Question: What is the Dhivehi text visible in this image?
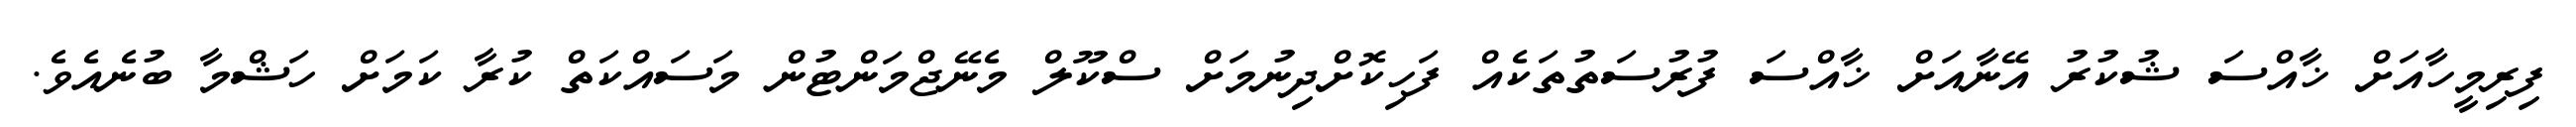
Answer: ފިރިމީހާއަށް ޚާއްސަ ޝުކުރު އޭނާއަށް ޚާއްސަ ފުރުސަތުތަކެއް ފަހިކޮށްދިނުމަށް ސްކޫލް މެނޭޖްމަންޓުން މަސައްކަތް ކުރާ ކަމަށް ހަޝްމާ ބުނެއެވެ.